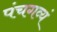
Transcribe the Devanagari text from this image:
पंचगव्यं